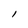
Character: l